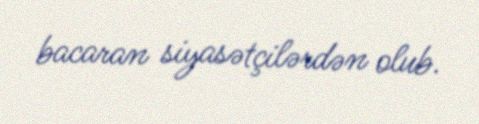
bacaran siyasətçilərdən olub.